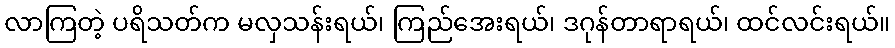
လာကြတဲ့ ပရိသတ်က မလှသန်းရယ်၊ ကြည်အေးရယ်၊ ဒဂုန်တာရာရယ်၊ ထင်လင်းရယ်။